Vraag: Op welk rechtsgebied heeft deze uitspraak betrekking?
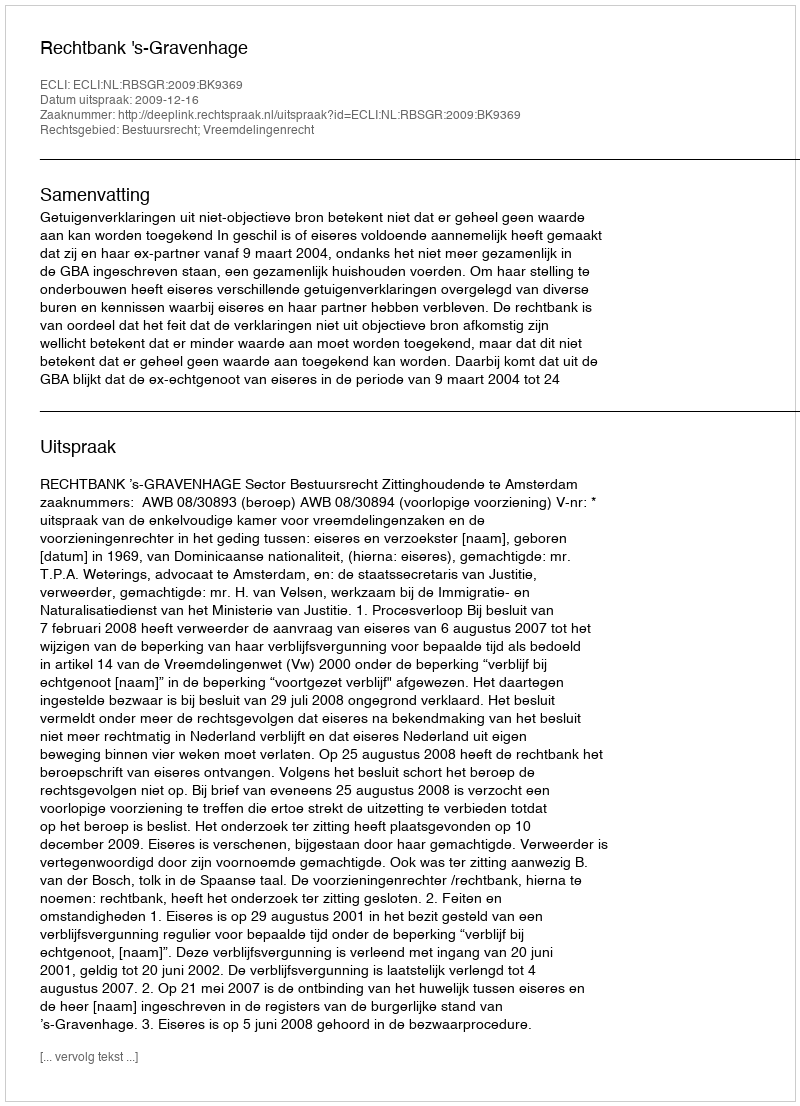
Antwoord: Bestuursrecht; Vreemdelingenrecht